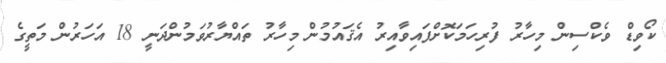
ކޯވިޑް ވެކްސިން މިހާރު ފުރިހަމަކޮށްފައިވާއިރު އެޤައުމުން މިހާރު ތައްޔާރުވަމުންދަނީ 18 އަހަރުން މަތީގެ